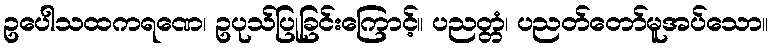
ဥပေါသထကရဏေ၊ ဥပုသ်ပြုခြင်းကြောင့်။ ပညတ္တံ၊ ပညတ်တော်မူအပ်သော။